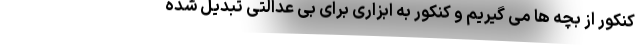
کنکور از بچه ها می گیریم و کنکور به ابزاری برای بی عدالتی تبدیل شده